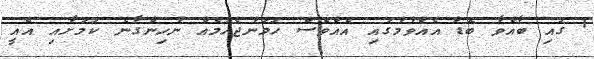
1 ގައި ބާއްވާ ބޮޑު އެއްވުމުގައި އެއްވެސް ހަމަނުޖެހުމެއް ނުހިންގާނެ ކަމަށާއި އެއީ